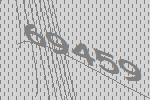
69459